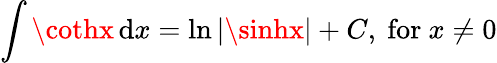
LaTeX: \int\cothx\, \mathrm{d}x=\ln|\sinhx|+C,{\mathrm{{~for~}}}x\neq0